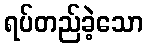
ရပ်တည်ခဲ့သော